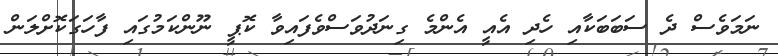
ނަމަވެސް ދެ ސަބަބަކާއި ހެދި އެއީ އެންމެ ގިނަދުވަސްވެފައިވާ ކޮޕީ ނޫންކަމުގައި ފާހަގަކޮށްލަން